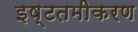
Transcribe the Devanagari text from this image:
इष्‍टतमीकरण